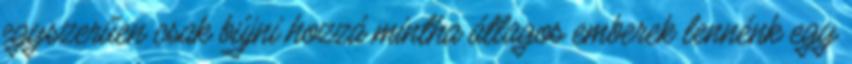
egyszerűen csak bújni hozzá mintha átlagos emberek lennénk egy